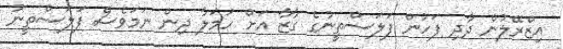
އިޒްރޭލުން ދާދި ފަހުން ފަލަސްތީނުގެ ގާޒާ އަށް ހަމަލާ ދިން ނަމަވެސް ފަލަސްތީނު